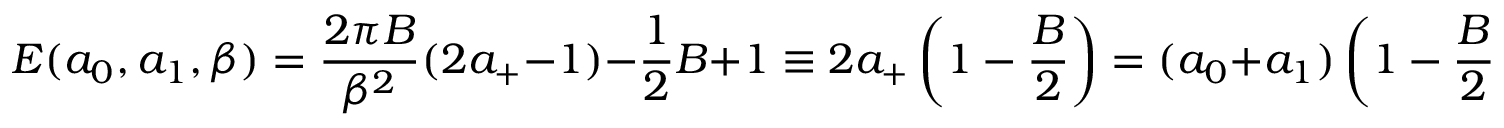
E ( a _ { 0 } , a _ { 1 } , \beta ) = \frac { 2 \pi B } { \beta ^ { 2 } } ( 2 a _ { + } - 1 ) - \frac { 1 } { 2 } B + 1 \equiv 2 a _ { + } \left( 1 - \frac { B } { 2 } \right) = ( a _ { 0 } + a _ { 1 } ) \left( 1 - \frac { B } { 2 } \right) ,